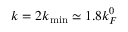
k = 2 k _ { \mathrm { m i n } } \simeq 1 . 8 k _ { F } ^ { 0 }